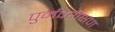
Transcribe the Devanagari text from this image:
पुर्नपरीक्षण